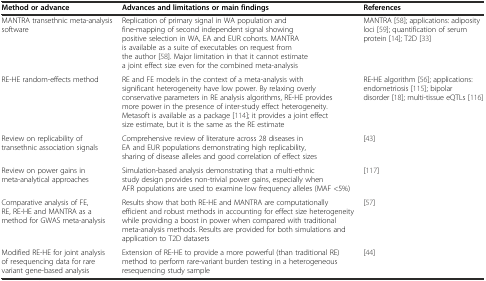
<table><thead><tr><td><b>Method or advance</b></td><td><b>Advances and limitations or main findings</b></td><td><b>References</b></td></tr></thead><tbody><tr><td>MANTRA transethnic meta-analysis software</td><td>Replication of primary signal in WA population and fine-mapping of second independent signal showing positive selection in WA, EA and EUR cohorts. MANTRA is available as a suite of executables on request from the author [58]. Major limitation in that it cannot estimate a joint effect size even for the combined meta-analysis</td><td>MANTRA [58]; applications: adiposity loci [59]; quantification of serum protein [14]; T2D [33]</td></tr><tr><td>RE-HE random-effects method</td><td>RE and FE models in the context of a meta-analysis with significant heterogeneity have low power. By relaxing overly conservative parameters in RE analysis algorithms, RE-HE provides more power in the presence of inter-study effect heterogeneity. Metasoft is available as a package [114]; it provides a joint effect size estimate, but it is the same as the RE estimate</td><td>RE-HE algorithm [56]; applications: endometriosis [115]; bipolar disorder [18]; multi-tissue eQTLs [116]</td></tr><tr><td>Review on replicability of transethnic association signals</td><td>Comprehensive review of literature across 28 diseases in EA and EUR populations demonstrating high replicability, sharing of disease alleles and good correlation of effect sizes</td><td>[43]</td></tr><tr><td>Review on power gains in meta-analytical approaches</td><td>Simulation-based analysis demonstrating that a multi-ethnic study design provides non-trivial power gains, especially when AFR populations are used to examine low frequency alleles (MAF &lt;5%)</td><td>[117]</td></tr><tr><td>Comparative analysis of FE, RE, RE-HE and MANTRA as a method for GWAS meta-analysis</td><td>Results show that both RE-HE and MANTRA are computationally efficient and robust methods in accounting for effect size heterogeneity while providing a boost in power when compared with traditional meta-analysis methods. Results are provided for both simulations and application to T2D datasets</td><td>[57]</td></tr><tr><td>Modified RE-HE for joint analysis of resequencing data for rare variant gene-based analysis</td><td>Extension of RE-HE to provide a more powerful (than traditional RE) method to perform rare-variant burden testing in a heterogeneous resequencing study sample</td><td>[44]</td></tr></tbody></table>